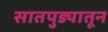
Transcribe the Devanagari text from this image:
सातपुड्यातून